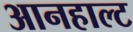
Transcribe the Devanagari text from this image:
आनहाल्ट